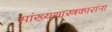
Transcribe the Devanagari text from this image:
सांख्यशास्त्रकारांना